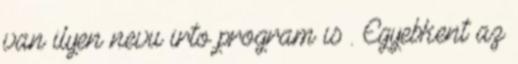
van ilyen nevu irto program is . Egyebkent az